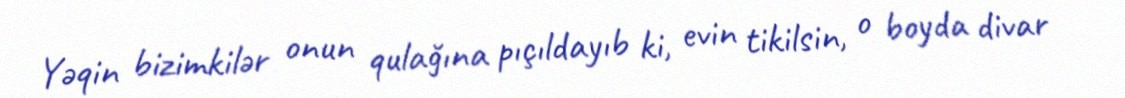
Yəqin bizimkilər onun qulağına pıçıldayıb ki, evin tikilsin, o boyda divar